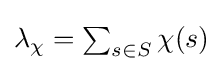
{\textstyle \lambda _{\chi }=\sum _{s\in S}\chi (s)}